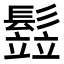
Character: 𩮗